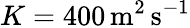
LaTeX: K=400\, \mathrm{m}^{2}\, \mathrm{s}^{-1}